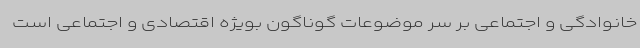
خانوادگی و اجتماعی بر سر موضوعات گوناگون بویژه اقتصادی و اجتماعی است